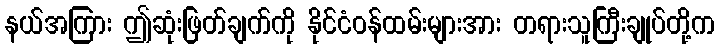
နယ်အကြား ဤဆုံးဖြတ်ချက်ကို နိုင်ငံဝန်ထမ်းများအား တရားသူကြီးချုပ်တို့က